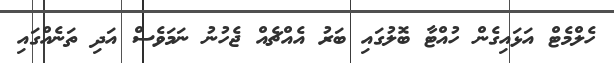
ހެލްމެޓް އަޅައިގެން ހުއްޓާ ބޮލުގައި ބަރު އެއްޗެއް ޖެހުނު ނަމަވެސް އަދި ތަނެއްގައި